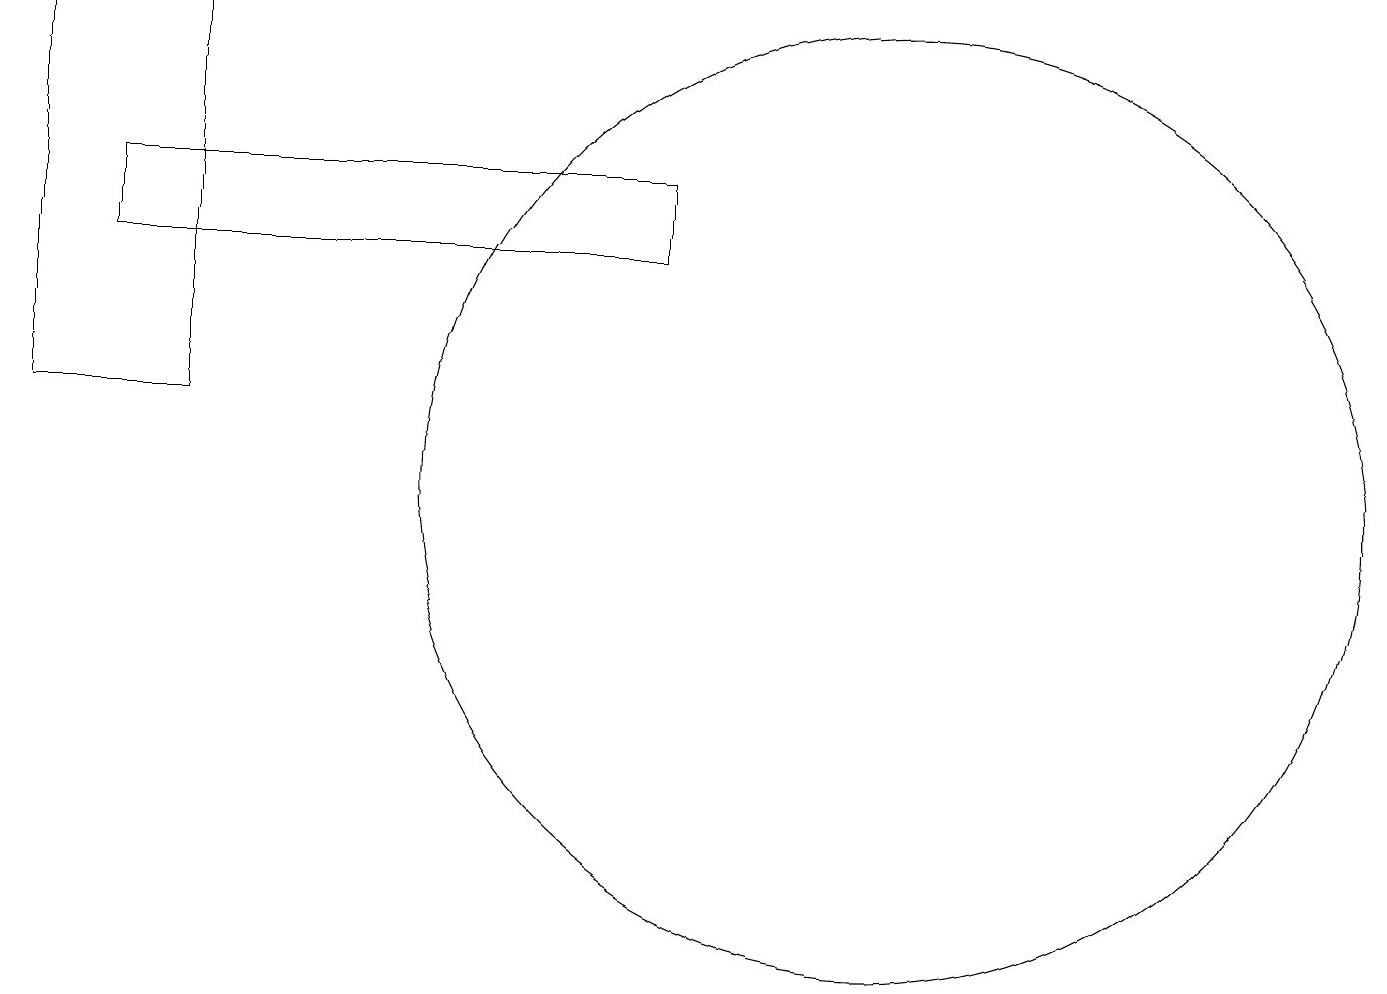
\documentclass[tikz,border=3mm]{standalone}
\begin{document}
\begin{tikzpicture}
\draw (12,11) circle (6);
\draw (1,17) rectangle (3,12);
\draw (2,15) rectangle (9,14);
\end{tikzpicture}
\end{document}